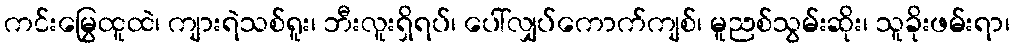
ကင်းမြွေထူထဲ၊ ကျားရဲသစ်ရူး၊ ဘီးလူးရှိရပ်၊ ပေါ်လျှပ်ကောက်ကျစ်၊ မူညစ်သွမ်းဆိုး၊ သူခိုးဖမ်းရာ၊